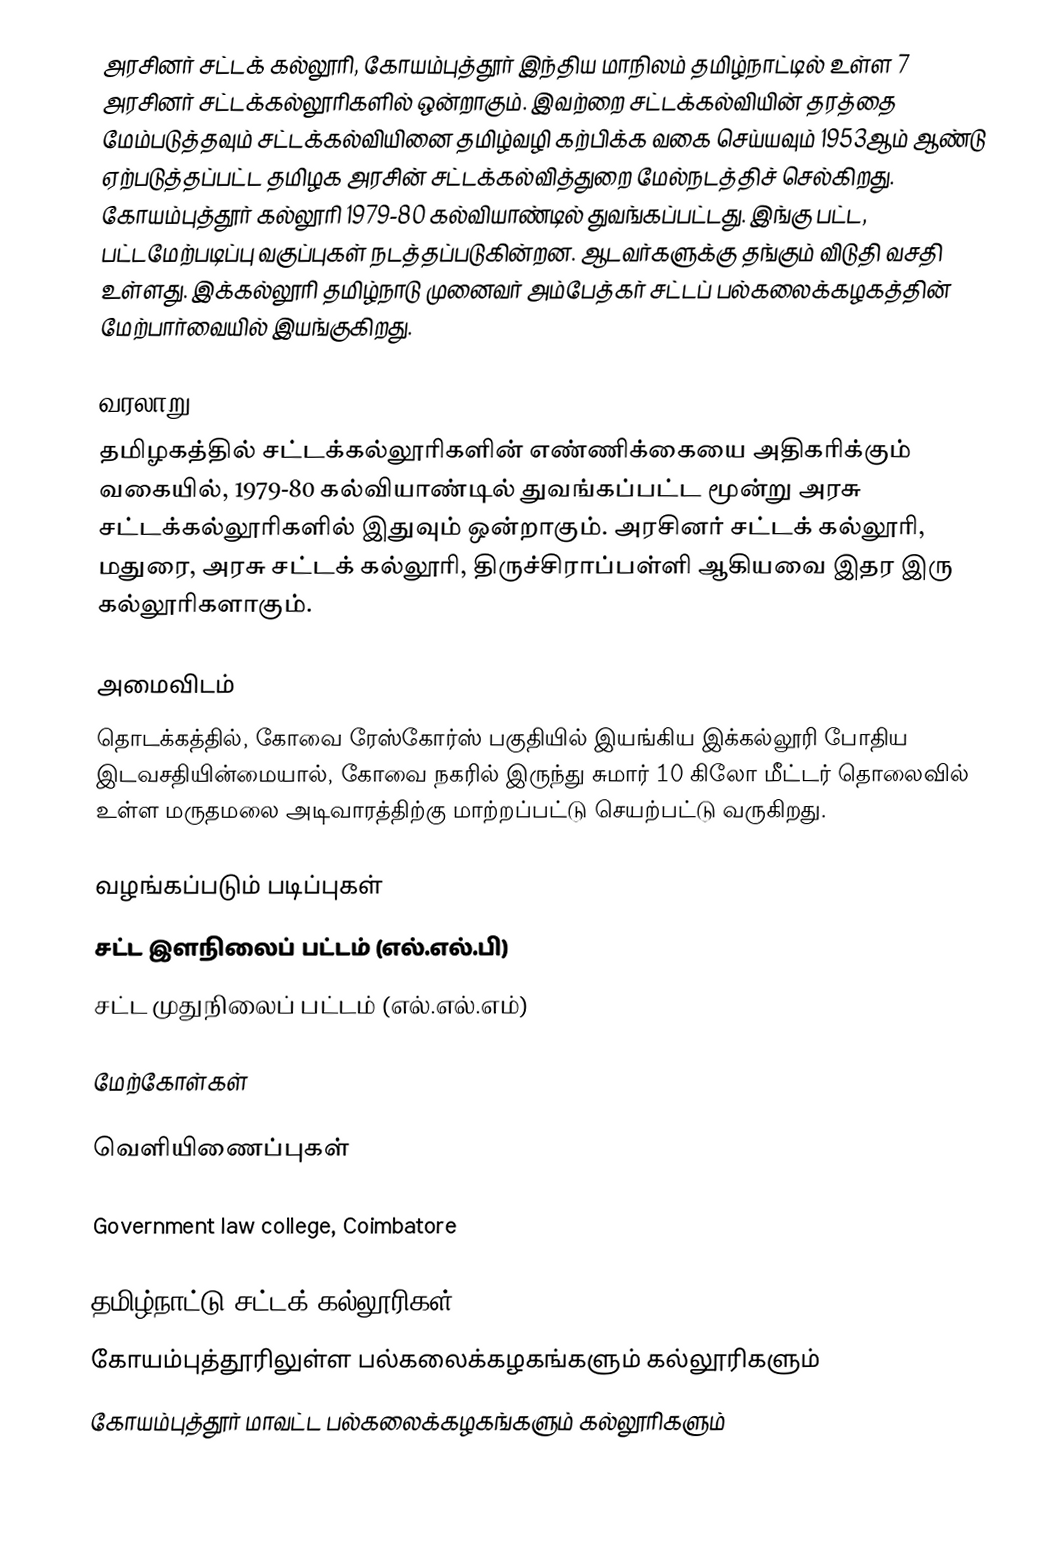
அரசினர் சட்டக் கல்லூரி, கோயம்புத்தூர் இந்திய மாநிலம் தமிழ்நாட்டில் உள்ள 7 அரசினர் சட்டக்கல்லூரிகளில் ஒன்றாகும். இவற்றை சட்டக்கல்வியின் தரத்தை மேம்படுத்தவும் சட்டக்கல்வியினை தமிழ்வழி கற்பிக்க வகை செய்யவும்  1953ஆம் ஆண்டு ஏற்படுத்தப்பட்ட தமிழக அரசின் சட்டக்கல்வித்துறை மேல்நடத்திச் செல்கிறது. கோயம்புத்தூர் கல்லூரி 1979-80 கல்வியாண்டில் துவங்கப்பட்டது. இங்கு பட்ட, பட்டமேற்படிப்பு வகுப்புகள் நடத்தப்படுகின்றன. ஆடவர்களுக்கு தங்கும் விடுதி வசதி உள்ளது. இக்கல்லூரி தமிழ்நாடு முனைவர் அம்பேத்கர் சட்டப் பல்கலைக்கழகத்தின் மேற்பார்வையில் இயங்குகிறது.

வரலாறு
தமிழகத்தில் சட்டக்கல்லூரிகளின் எண்ணிக்கையை அதிகரிக்கும் வகையில், 1979-80 கல்வியாண்டில் துவங்கப்பட்ட மூன்று அரசு சட்டக்கல்லூரிகளில் இதுவும் ஒன்றாகும். அரசினர் சட்டக் கல்லூரி, மதுரை, அரசு சட்டக் கல்லூரி, திருச்சிராப்பள்ளி ஆகியவை இதர இரு கல்லூரிகளாகும்.

அமைவிடம்
தொடக்கத்தில், கோவை ரேஸ்கோர்ஸ் பகுதியில் இயங்கிய இக்கல்லூரி போதிய இடவசதியின்மையால், கோவை நகரில் இருந்து சுமார் 10 கிலோ மீட்டர் தொலைவில் உள்ள மருதமலை அடிவாரத்திற்கு மாற்றப்பட்டு செயற்பட்டு வருகிறது.

வழங்கப்படும் படிப்புகள்
 சட்ட இளநிலைப் பட்டம் (எல்.எல்.பி)
 சட்ட முதுநிலைப் பட்டம் (எல்.எல்.எம்)

மேற்கோள்கள்

வெளியிணைப்புகள்

 Government law college, Coimbatore

தமிழ்நாட்டு சட்டக் கல்லூரிகள்
கோயம்புத்தூரிலுள்ள பல்கலைக்கழகங்களும் கல்லூரிகளும்
கோயம்புத்தூர் மாவட்ட பல்கலைக்கழகங்களும் கல்லூரிகளும்